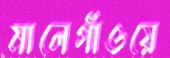
মালেগাঁওয়ে